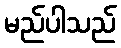
မည်ပါသည်